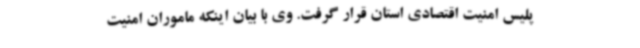
پلیس امنیت اقتصادی استان قرار گرفت. وی با بیان اینکه ماموران امنیت